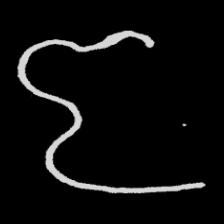
Pyu character \u2014 Myanmar letter: ဇ (romanized: ja)